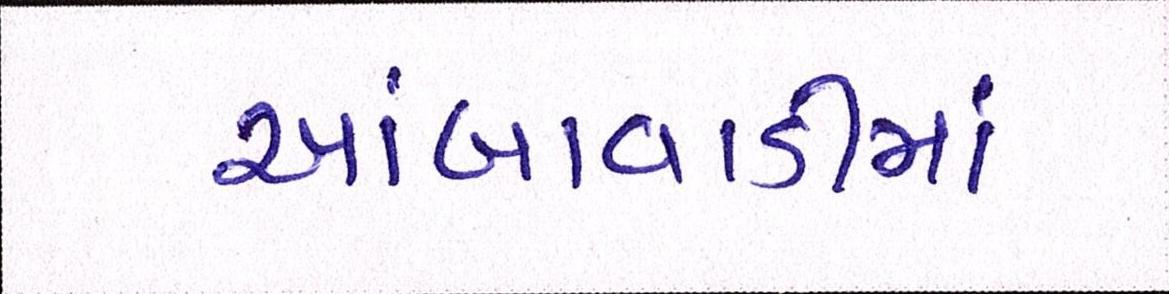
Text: આંબાવાડીમાં